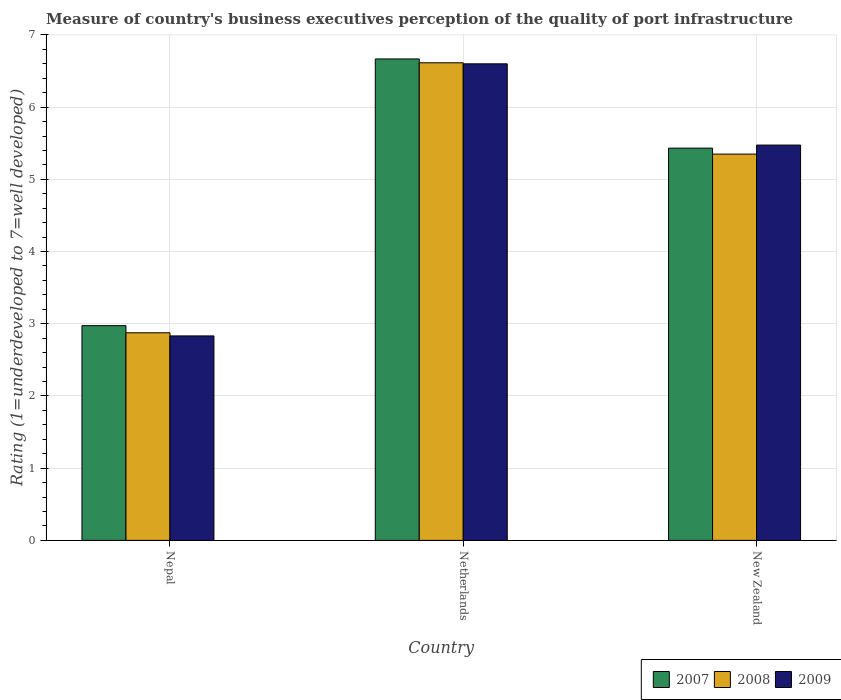
| Country | 2007 | 2008 | 2009 |
 | --- | --- | --- | --- |
 | Nepal | 2.97 | 2.88 | 2.83 |
 | Netherlands | 6.67 | 6.61 | 6.6 |
 | New Zealand | 5.43 | 5.35 | 5.47 |